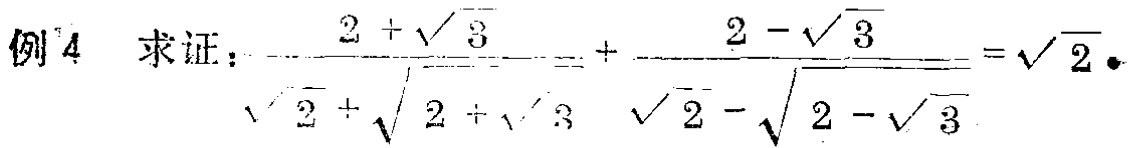
例4 求证：\(\frac{2 + \sqrt{3}}{\sqrt{2}+\sqrt{2 + \sqrt{3}}}+\frac{2 - \sqrt{3}}{\sqrt{2}-\sqrt{2 - \sqrt{3}}}=\sqrt{2}\)